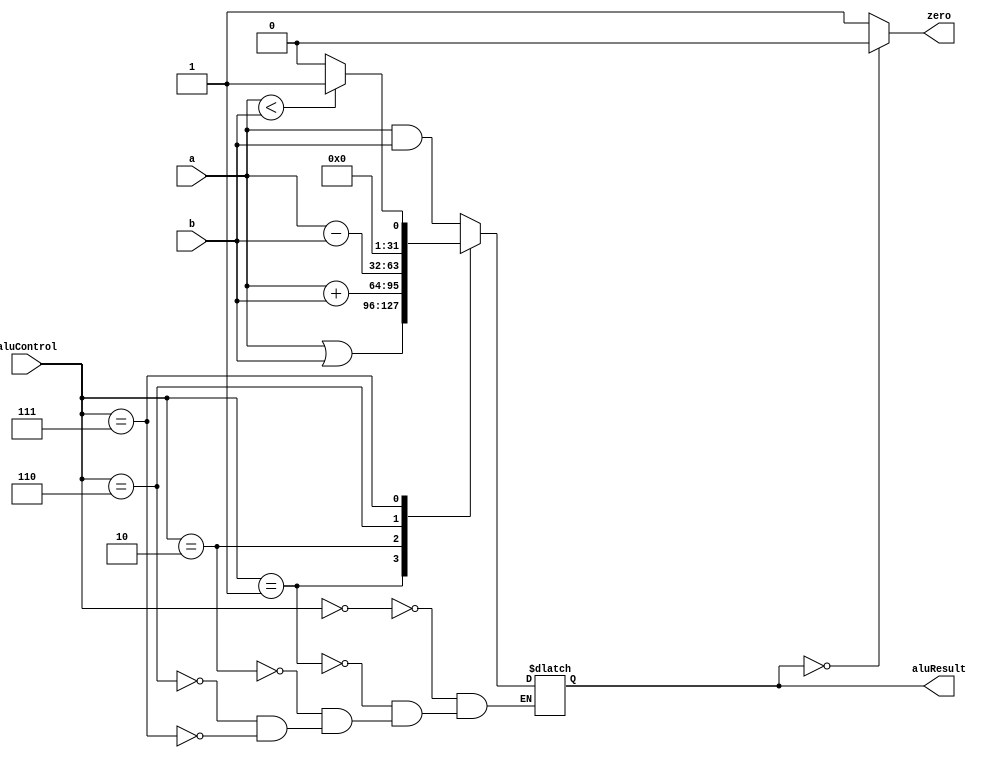
`timescale 1ns / 1ps
//////////////////////////////////////////////////////////////////////////////////
// Company: 
// Engineer: 
// 
// Design Name: 
// Module Name: alu
// Project Name: 
// Target Devices: 
// Tool Versions: 
// Description: 
// 
// Dependencies: 
// 
// Revision:
// Revision 0.01 - File Created
// Additional Comments:
// 
//////////////////////////////////////////////////////////////////////////////////


module alu(
    input wire [31:0] a,
    input wire [31:0] b,
    input wire [2:0] aluControl,
    output wire zero,
    output reg [31:0] aluResult
    );
    
    always @ * begin
        case(aluControl)
            3'b000: aluResult <= a & b;
            3'b001: aluResult <= a | b;
            3'b010: aluResult <= a + b;
            3'b110: aluResult <= a - b;
            3'b111: aluResult <= a<b? 1: 0;
        endcase
    end
    
    assign zero = (aluResult == 0? 0: 1);
endmodule